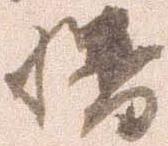
幡